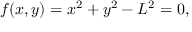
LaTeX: f ( x , y ) = x ^ { 2 } + y ^ { 2 } - L ^ { 2 } = 0 ,